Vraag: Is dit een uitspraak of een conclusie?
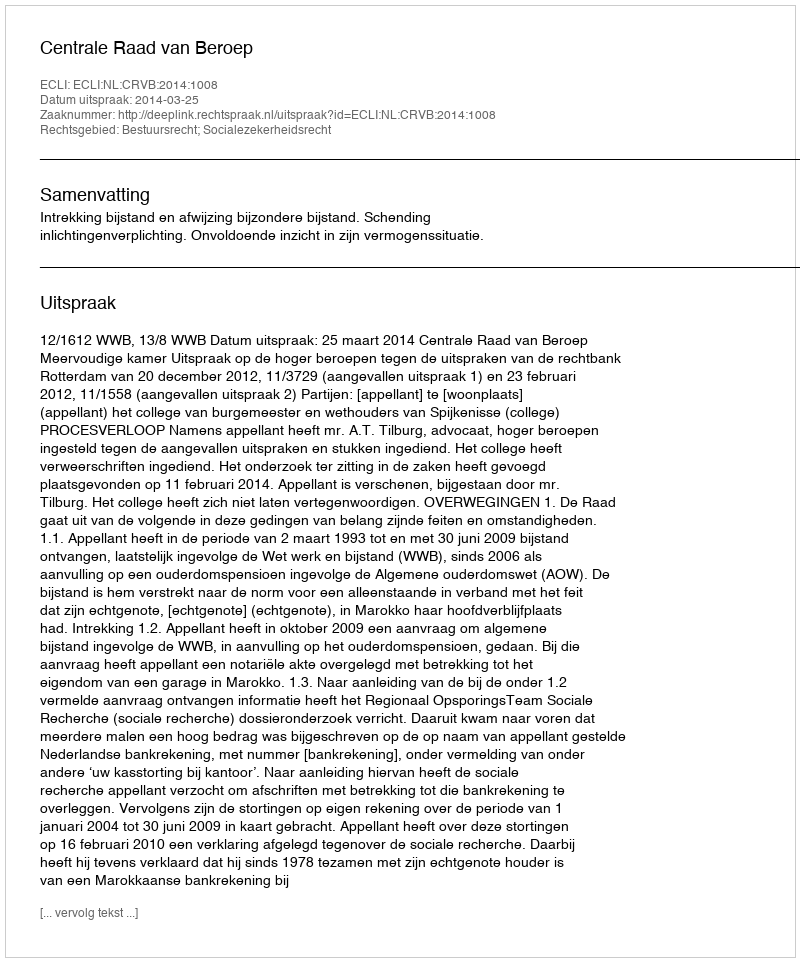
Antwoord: Uitspraak